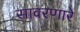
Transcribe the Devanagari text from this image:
सावरणारे